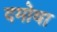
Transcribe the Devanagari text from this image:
दमोवा